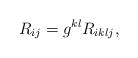
LaTeX: \begin{align*} R_{ij} = g^{kl} R_{iklj},\end{align*}